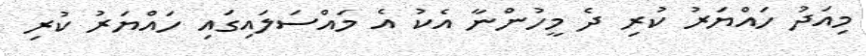
މިއަދު ހައްޔަރު ކުރި ދެ މީހުންނާ އެކު އެ މައްސަލައިގައި ހައްޔަރު ކުރި